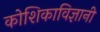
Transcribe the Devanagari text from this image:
कोशिकाविज्ञानी